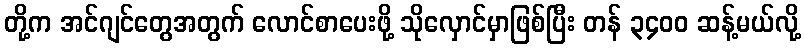
တို့က အင်ဂျင်တွေအတွက် လောင်စာပေးဖို့ သိုလှောင်မှာဖြစ်ပြီး တန် ၃၄၀၀ ဆန့်မယ်လို့